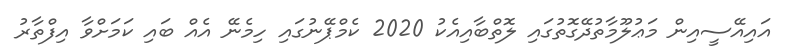
އައިއޭސީއިން މަޢުލޫމާތުދޭގޮތުގައި ލޮތްބާއިއެކު 2020 ކެމްޕޭނުގައި ހިމެނޭ އެއް ބައި ކަމަށްވާ އިފްތާރު